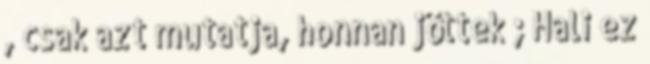
, csak azt mutatja, honnan jöttek ; Hali ez